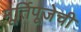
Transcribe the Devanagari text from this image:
मूर्तिपूजेची